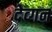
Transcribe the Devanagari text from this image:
देव्गन